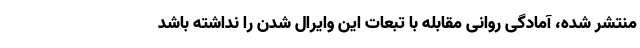
منتشر شده، آمادگی روانی مقابله با تبعات این وایرال شدن را نداشته باشد